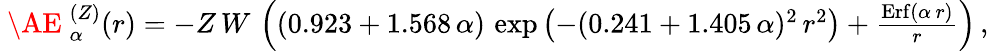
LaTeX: \begin{array}{r}{\mathrm{~\AE~}_{\alpha}^{(Z)}(r)=-Z\, W\, \left((0.923+1.568\, \alpha)\, \exp\left(-(0.241+1.405\, \alpha)^{2}\, r^{2}\right)+\frac{\mathrm{Erf}(\alpha\, r)}{r}\right)\, ,}\end{array}